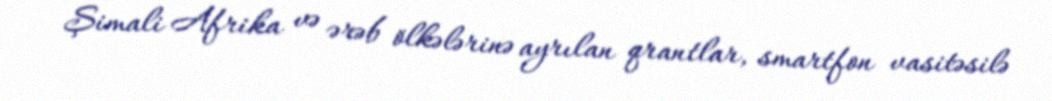
Şimali Afrika və ərəb ölkələrinə ayrılan qrantlar, smartfon vasitəsilə